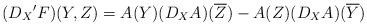
LaTeX: \begin{align*}(D_X{'F})(Y,Z)=A(Y)(D_X{A})(\overline{Z})-A(Z)(D_X{A})(\overline{Y})\end{align*}